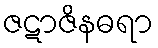
ဇဋာဇိနဓရာ